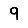
Digit: 9